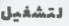
لتشغيل